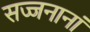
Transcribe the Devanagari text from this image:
सज्जनानां